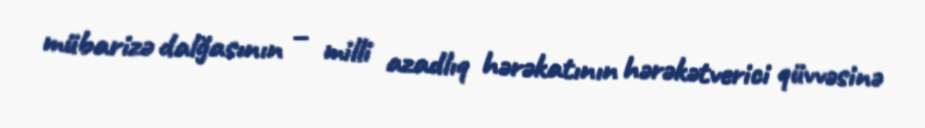
mübarizə dalğasının – milli azadlıq hərəkatının hərəkətverici qüvvəsinə